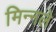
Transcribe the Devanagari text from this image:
मिन्नले